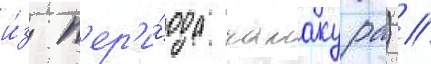
и́з п'ер'и́ода камакура) //